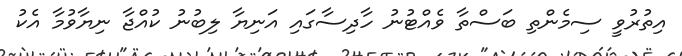
އިތުރުވީ ސިމެންތި ބަސްތާ ވެއްޓުނު ހާދިސާގައި އަނިޔާ ލިބުނު ކުއްޖާ ނިޔާވުމާ އެކު